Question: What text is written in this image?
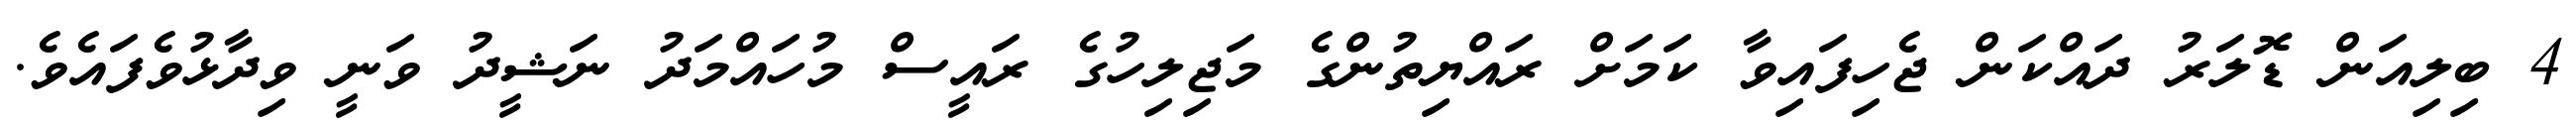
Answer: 4 ބިލިއަން ޑޮލަރު ދައްކަން ޖެހިފައިވާ ކަމަށް ރައްޔިތުންގެ މަޖިލިހުގެ ރައީސް މުހައްމަދު ނަޝީދު ވަނީ ވިދާޅުވެފައެވެ.